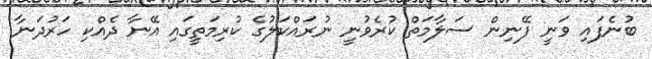
ބުނެފައި ވަނީ ފޭނިން ސަލާމަތް ކުރެވުނީ ނުރައްކަލުގެ ކުރިމަތީގައި އޭނާ ދެއްކި ހަރުދަނާ